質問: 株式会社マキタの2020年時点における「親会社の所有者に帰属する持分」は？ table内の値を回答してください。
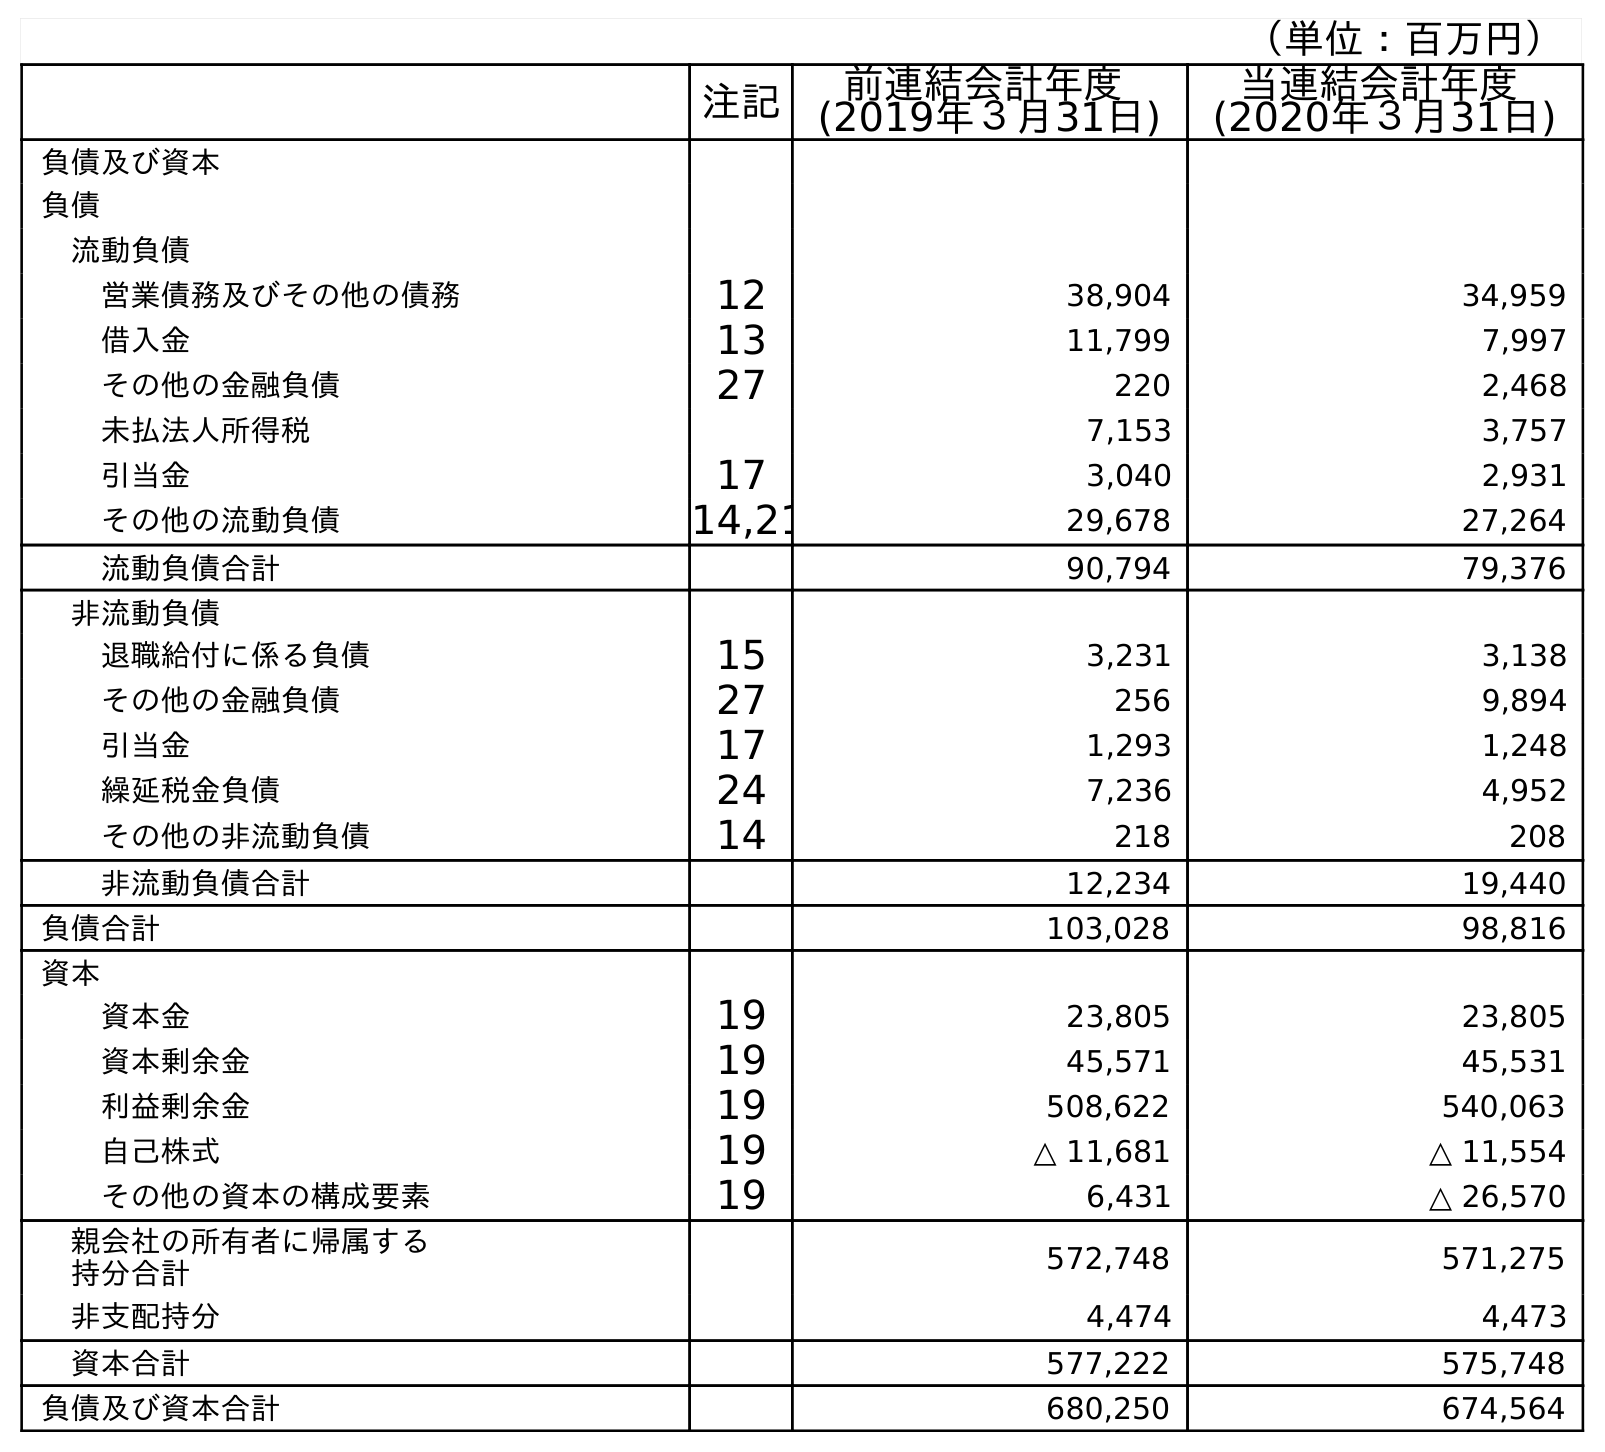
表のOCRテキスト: （単位：百万円） 注記 前連結会計年度 (2019年３月31日) 当連結会計年度 (2020年３月31日) 負債及び資本 負債 流動負債 営業債務及びその他の債務 12 38,904 34,959 借入金 13 11,799 7,997 その他の金融負債 27 220 2,468 未払法人所得税 7,153 3,757 引当金 17 3,040 2,931 その他の流動負債 14,21 29,678 27,264 流動負債合計 90,794 79,376 非流動負債 退職給付に係る負債 15 3,231 3,138 その他の金融負債 27 256 9,894 引当金 17 1,293 1,248 繰延税金負債 24 7,236 4,952 その他の非流動負債 14 218 208 非流動負債合計 12,234 19,440 負債合計 103,028 98,816 資本 資本金 19 23,805 23,805 資本剰余金 19 45,571 45,531 利益剰余金 19 508,622 540,063 自己株式 19 △ 11,681 △ 11,554 その他の資本の構成要素 19 6,431 △ 26,570 親会社の所有者に帰属する 持分合計 572,748 571,275 非支配持分 4,474 4,473 資本合計 577,222 575,748 負債及び資本合計 680,250 674,564
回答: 571,275